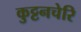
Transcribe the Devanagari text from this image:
कुट्टनचेरि